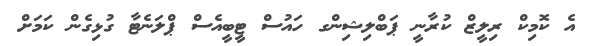
އެ ކޮމިކް ރިލީޒް ކުރާނީ ޕަބްލިޝިންގ ހައުސް ޓީބީއެސް ޕްލަނެޓާ ގުޅިގެން ކަމަށް